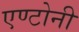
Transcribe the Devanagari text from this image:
एण्टोनी